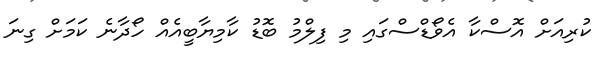
ކުރިއަށް އޮސްކާ އެވޯޑްސްގައި މި ފިލްމު ބޮޑު ކާމިޔާބީއެއް ހޯދާނެ ކަމަށް ގިނަ